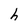
Character: h